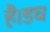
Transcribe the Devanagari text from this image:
है।डच